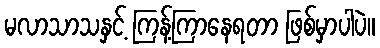
မလာသာသနှင့် ကြန့်ကြာနေရတာ ဖြစ်မှာပါပဲ။